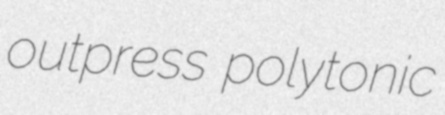
outpress polytonic